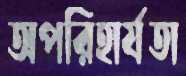
অপরিহার্যতা